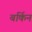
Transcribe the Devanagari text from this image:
बर्किन